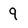
Character: 9